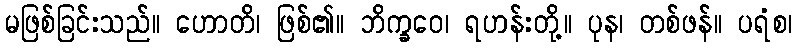
မဖြစ်ခြင်းသည်။ ဟောတိ၊ ဖြစ်၏။ ဘိက္ခဝေ၊ ရဟန်းတို့။ ပုန၊ တစ်ဖန်။ ပရံစ၊